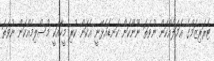
ޓެރަރިޒަމްގެ ޢަމަލެއްކަން ނުވަތަ ނޫންކަން ކަނޑައެޅޭނީ އެކަން ކުރި މީހާއަކީ މުސްލިމެއްކަން ނުވަތަ